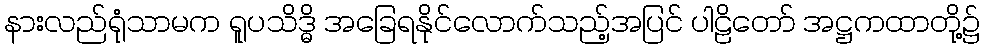
နားလည်ရုံသာမက ရူပသိဒ္ဓိ အခြေရနိုင်လောက်သည့်အပြင် ပါဠိတော် အဋ္ဌကထာတို့၌